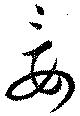
妾